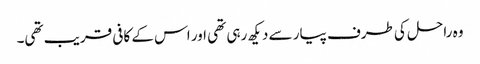
وہ راحل کی طرف پیار سے دیکھ رہی تھی اور اس کے کافی قریب تھی۔